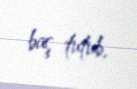
baş tutub.